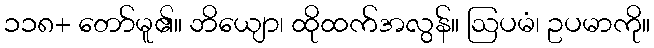
၁၁၈+ တော်မူ၏။ ဘိယျော၊ ထိုထက်အလွန်။ ဩပမံ၊ ဥပမာကို။